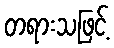
တရားသဖြင့်